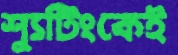
শ্যুটিংকেই